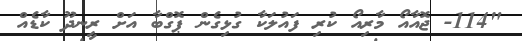
"114- ޖޮއާއޯ މާރިއޯ ކުރި ފައުލަކާ ގުޅިގެން ޕޮގްބާ އަށް ރީނދޫ ކާޑެއް